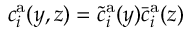
c _ { i } ^ { \mathrm { a } } ( y , z ) = \tilde { c } _ { i } ^ { \mathrm { a } } ( y ) \bar { c } _ { i } ^ { \mathrm { a } } ( z )